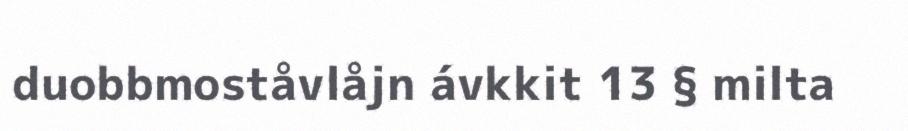
duobbmoståvlåjn ávkkit 13 § milta